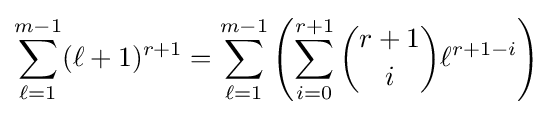
\sum _{\ell =1}^{m-1}(\ell +1)^{r+1}=\sum _{\ell =1}^{m-1}\left(\sum _{i=0}^{r+1}{\binom {r+1}{i}}\ell ^{r+1-i}\right)